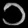
Digit: ၁